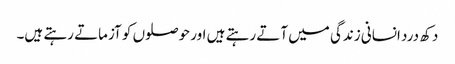
دکھ درد انسانی زندگی میں آتے رہتے ہیں اور حوصلوں کو آزماتے رہتے ہیں۔